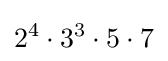
2^{4}\cdot 3^{3}\cdot 5\cdot 7